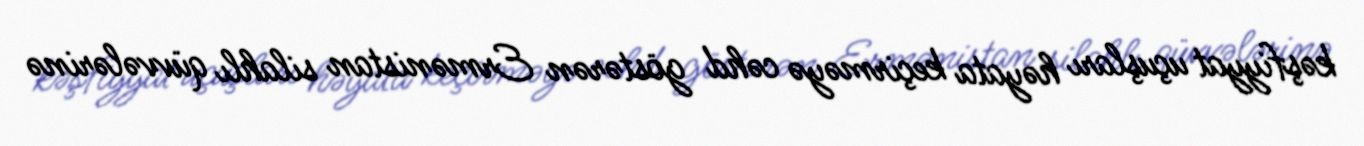
kəşfiyyat uçuşları həyata keçirməyə cəhd göstərən Ermənistan silahlı qüvvələrinə